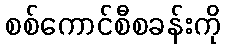
စစ်ကောင်စီစခန်းကို